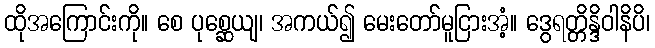
ထိုအကြောင်းကို။ စေ ပုစ္ဆေယျ၊ အကယ်၍ မေးတော်မူငြားအံ့။ ဒွေရတ္တိန္ဒိဝါနိပိ၊